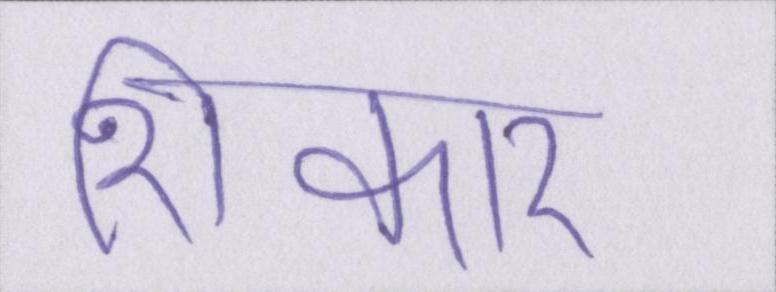
शिकार